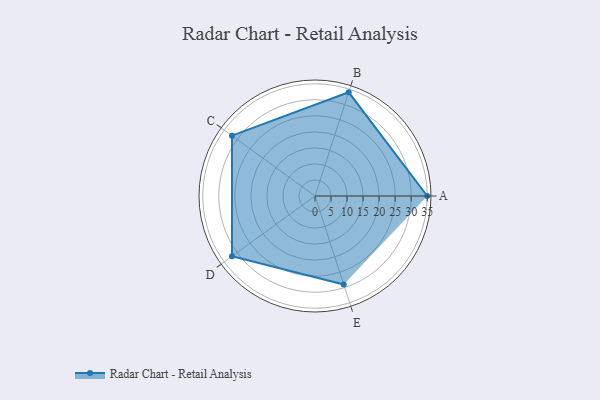
{"axis": {"x": "Skill", "y": "Score"}, "legend": ["Profile"], "data": [{"x": "A", "y": 35.0, "type": "Profile"}, {"x": "B", "y": 34.0, "type": "Profile"}, {"x": "C", "y": 32.0, "type": "Profile"}, {"x": "D", "y": 32.0, "type": "Profile"}, {"x": "E", "y": 29.0, "type": "Profile"}]}